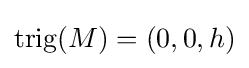
{\rm {trig}}(M)=(0,0,h)